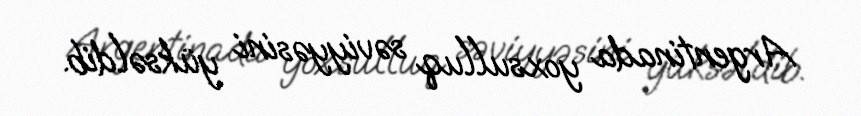
Argentinada yoxsulluq səviyyəsini yüksəldib.